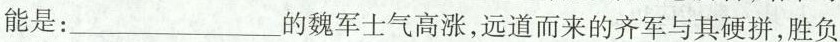
能是：___的魏军士气高涨，远道而来的齐军与其硬拼，胜负